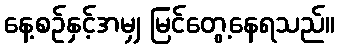
နေ့စဉ်နှင့်အမျှ မြင်တွေ့နေရသည်။